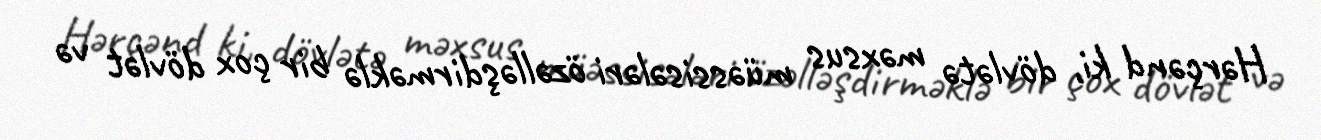
Hərçənd ki, dövlətə məxsus müəssisələri özəlləşdirməklə bir çox dövlət və